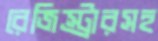
রেজিস্ট্রারসহ